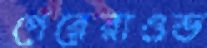
পেরেরাওভ